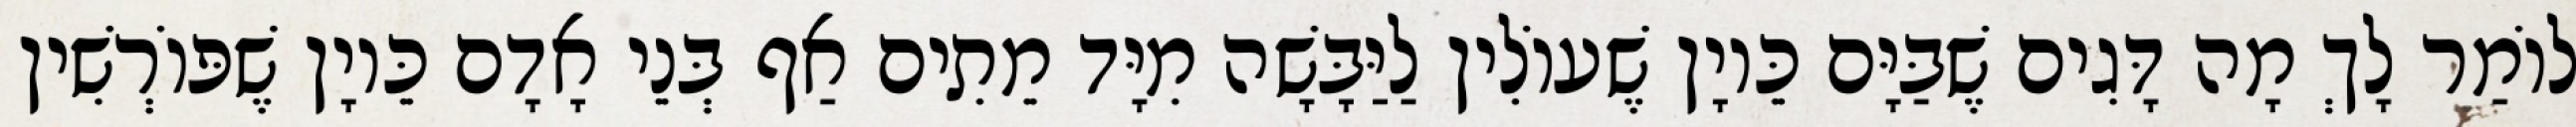
לוֹמַר לָךְ מָה דָּגִים שֶׁבַּיָּם כֵּיוָן שֶׁעוֹלִין לַיַּבָּשָׁה מִיָּד מֵתִים אַף בְּנֵי אָדָם כֵּיוָן שֶׁפּוֹרְשִׁין